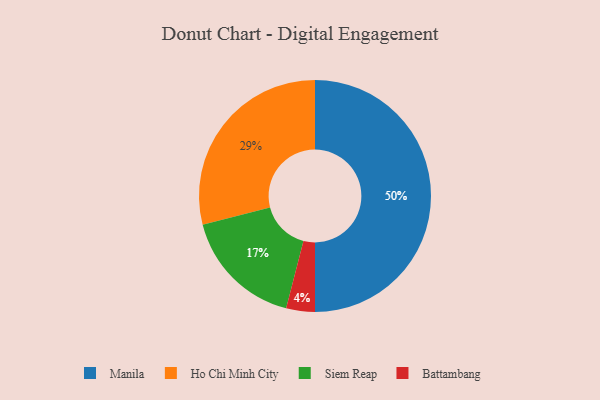
{"axis": {"x": "Category", "y": "Percentage"}, "legend": ["Battambang", "Ho Chi Minh City", "Manila", "Siem Reap"], "data": [{"x": "Battambang", "y": 4, "type": "Battambang"}, {"x": "Siem Reap", "y": 17, "type": "Siem Reap"}, {"x": "Ho Chi Minh City", "y": 29, "type": "Ho Chi Minh City"}, {"x": "Manila", "y": 50, "type": "Manila"}]}